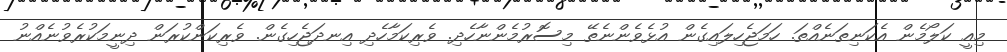
މިއީ ކަލޯމެން އެކަނިތަނެއްތަ. ހަމަޖެހިލައިގެން އުޅެވެންނެތޭ މިސޮރުމެންނާހެދި. ވެރިކަމާހެދި އިނދަޖެހިގެން. ވެރިކަންކުރަން ދިނީމަކުރެވުނެއްނު